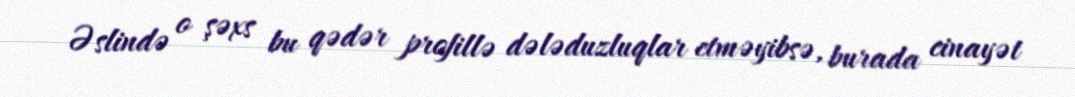
Əslində o şəxs bu qədər profillə dələduzluqlar etməyibsə, burada cinayət